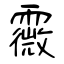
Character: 霺